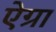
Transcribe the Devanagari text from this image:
ऐग्रा